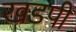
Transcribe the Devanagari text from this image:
खडपी